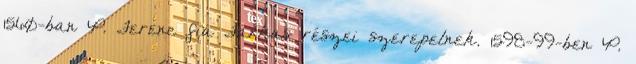
1560-ban P. Ferenc fia Farkas részei szerepelnek. 1598-99-ben P.